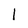
Character: l